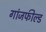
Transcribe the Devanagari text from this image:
गांजफील्ड